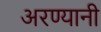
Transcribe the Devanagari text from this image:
अरण्यानी